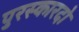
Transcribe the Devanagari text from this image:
पुरस्कारदो